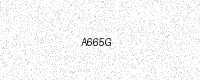
Text: A665G